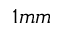
1 m m